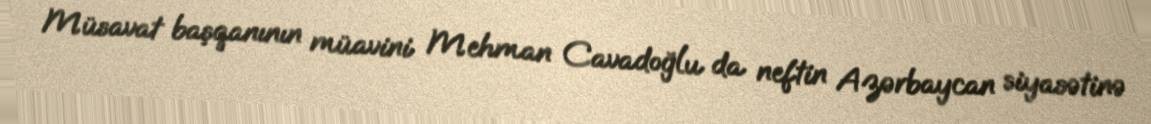
Müsavat başqanının müavini Mehman Cavadoğlu da neftin Azərbaycan siyasətinə